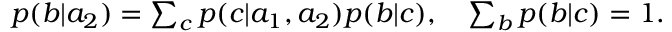
\begin{array} { r } { p ( b | a _ { 2 } ) = \sum _ { c } p ( c | a _ { 1 } , a _ { 2 } ) p ( b | c ) , \quad \sum _ { b } p ( b | c ) = 1 . } \end{array}